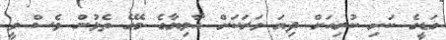
ގަޑީގެ ކަށި ކުރިއަށް ދިޔަ ވަރަކަށް އާލިޔާގެ މޭގެ ތެޅުން ވެސް ވީ